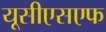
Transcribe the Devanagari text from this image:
यूसीएसएफ